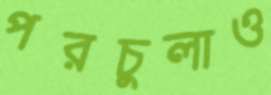
পরচুলাও